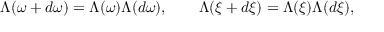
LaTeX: \Lambda ( \omega + d \omega ) = \Lambda ( \omega ) \Lambda ( d \omega ) , \qquad \Lambda ( \xi + d \xi ) = \Lambda ( \xi ) \Lambda ( d \xi ) ,